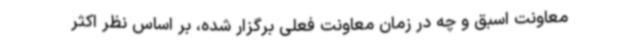
معاونت اسبق و چه در زمان معاونت فعلی برگزار شده، بر اساس نظر اکثر